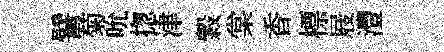
譬菊吮揔津穀棠香標屐灃